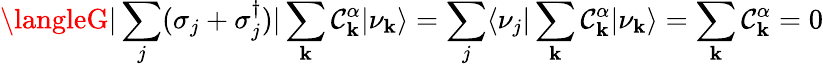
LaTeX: \langleG|\sum_{j}(\sigma_{j}+\sigma_{j}^{\dagger})|\sum_{\mathbf{k}}\mathcal{{C}}_{\mathbf{k}}^{\alpha}|\nu_{\mathbf{k}}\rangle=\sum_{j}\langle\nu_{j}|\sum_{\mathbf{k}}\mathcal{{C}}_{\mathbf{k}}^{\alpha}|\nu_{\mathbf{k}}\rangle=\sum_{\mathbf{k}}\mathcal{{C}}_{\mathbf{k}}^{\alpha}=0